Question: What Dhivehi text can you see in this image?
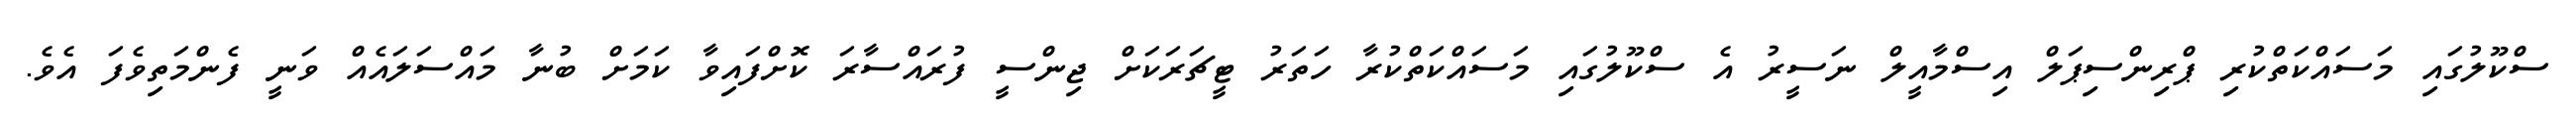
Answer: ސްކޫލުގައި މަސައްކަތްކުރި ޕްރިންސިޕަލް އިސްމާއީލް ނަސީރު އެ ސްކޫލުގައި މަސައްކަތްކުރާ ހަތަރު ޓީޗަރަކަށް ޖިންސީ ފުރައްސާރަ ކޮށްފައިވާ ކަމަށް ބުނާ މައްސަލައެއް ވަނީ ފެންމަތިވެފަ އެވެ.